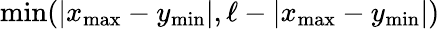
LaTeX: \operatorname*{min}(\vert x_{\mathrm{max}}-y_{\mathrm{min}}\vert,\ell-\vert x_{\mathrm{max}}-y_{\mathrm{min}}\vert)